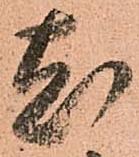
尤